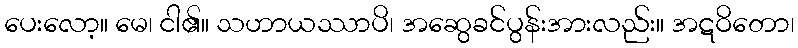
ပေးလော့။ မေ၊ ငါ၏။ သဟာယဿာပိ၊ အဆွေခင်ပွန်းအားလည်း။ အဋဝိတော၊